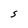
Character: S